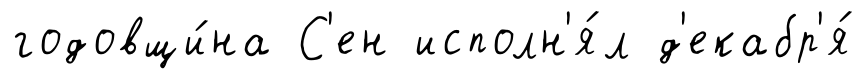
годовщи́на С'ен исполн'я́л д'екабр'я́